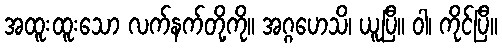
အထူးထူးသော လက်နက်တို့ကို။ အဂ္ဂဟေသိ၊ ယူပြီ။ ဝါ၊ ကိုင်ပြီ။